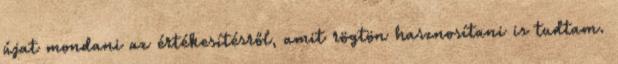
újat mondani az értékesítésről, amit rögtön hasznosítani is tudtam.